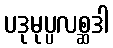
ပဒုမုပ္ပလစ္ဆဒါ